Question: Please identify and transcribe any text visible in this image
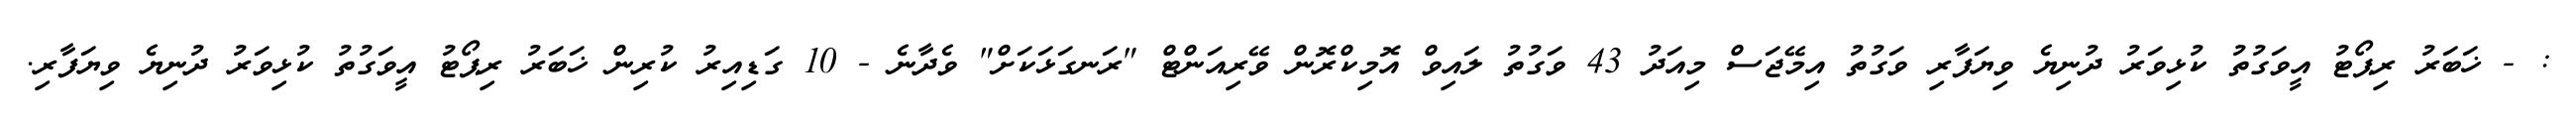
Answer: : - ޚަބަރު ރިޕޯޓު އީވަގުތު ކުޅިވަރު ދުނިޔެ ވިޔަފާރި ވަގުތު އިމޭޖަސް މިއަދު 43 ވަގުތު ލައިވް އޮމިކްރޮން ވޭރިއަންޓް "ރަނގަޅަކަށް" ވެދާނެ - 10 ގަޑިއިރު ކުރިން ޚަބަރު ރިޕޯޓު އީވަގުތު ކުޅިވަރު ދުނިޔެ ވިޔަފާރި.